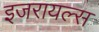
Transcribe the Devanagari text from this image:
इजरायल्स